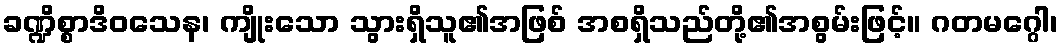
ခဏ္ဍိစ္စာဒိဝသေန၊ ကျိုးသော သွားရှိသူ၏အဖြစ် အစရှိသည်တို့၏အစွမ်းဖြင့်။ ဂတမဂ္ဂေါ၊